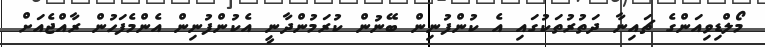
މޯލްޑިވިއަންގެ ޗައިނާ ދަތުރުތަކުގައި އެ ކުންފުނިން ބޭނުން ކުރަމުންދާނީ އެކުންފުނިން އެންމެފަހުން ރާއްޖެއަށް